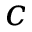
c